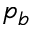
p _ { b }